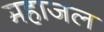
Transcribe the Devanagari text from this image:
महाजल